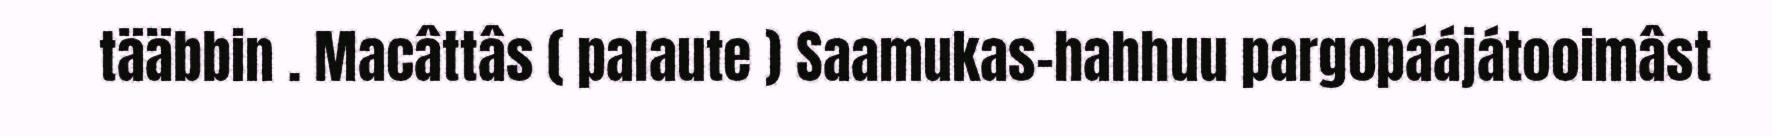
tääbbin . Macâttâs ( palaute ) Saamukas-hahhuu pargopáájátooimâst